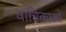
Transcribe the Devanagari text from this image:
वाचिकाओं